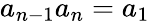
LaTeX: a_{n-1}a_{n}=a_{1}